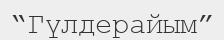
“Гүлдерайым”